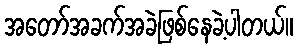
အတော်အခက်အခဲဖြစ်နေခဲ့ပါတယ်။